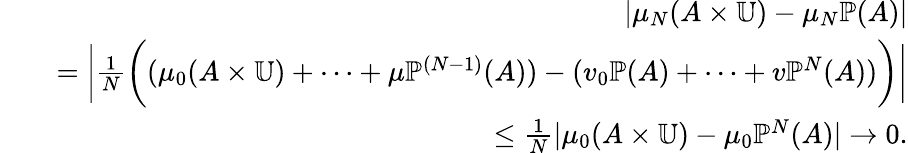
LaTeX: \begin{array}{rlr}&{}&{|\mu_{N}(A\times\mathbb{U})-\mu_{N}\mathbb{P}(A)|}\\ &{}&{=\bigg|{\frac{1}{N}}\bigg((\mu_{0}(A\times\mathbb{U})+\cdots+\mu\mathbb{P}^{(N-1)}(A))-(v_{0}\mathbb{P}(A)+\cdots+v\mathbb{P}^{N}(A))\bigg)\bigg|}\\ &{}&{\leq{\frac{1}{N}}|\mu_{0}(A\times\mathbb{U})-\mu_{0}\mathbb{P}^{N}(A)|\to 0.}\end{array}